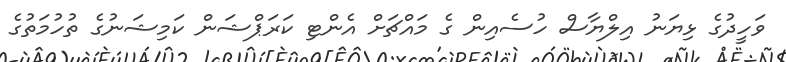
ވަހީދުގެ ޅިޔަނު އިލްޔާސް ހުސެއިން ގެ މައްޗަށް އެންޓި ކަރަޕްޝަން ކަމިޝަނުގެ ތުހުމަތުގެ